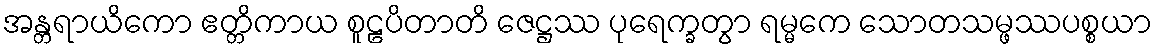
အန္တရာယိကော ဧတ္တိကာယ စူဠပိတာတိ ဇေဋ္ဌဿ ပုရေက္ခတွာ ရမ္မကေ သောတသမ္ဖဿပစ္စယာ